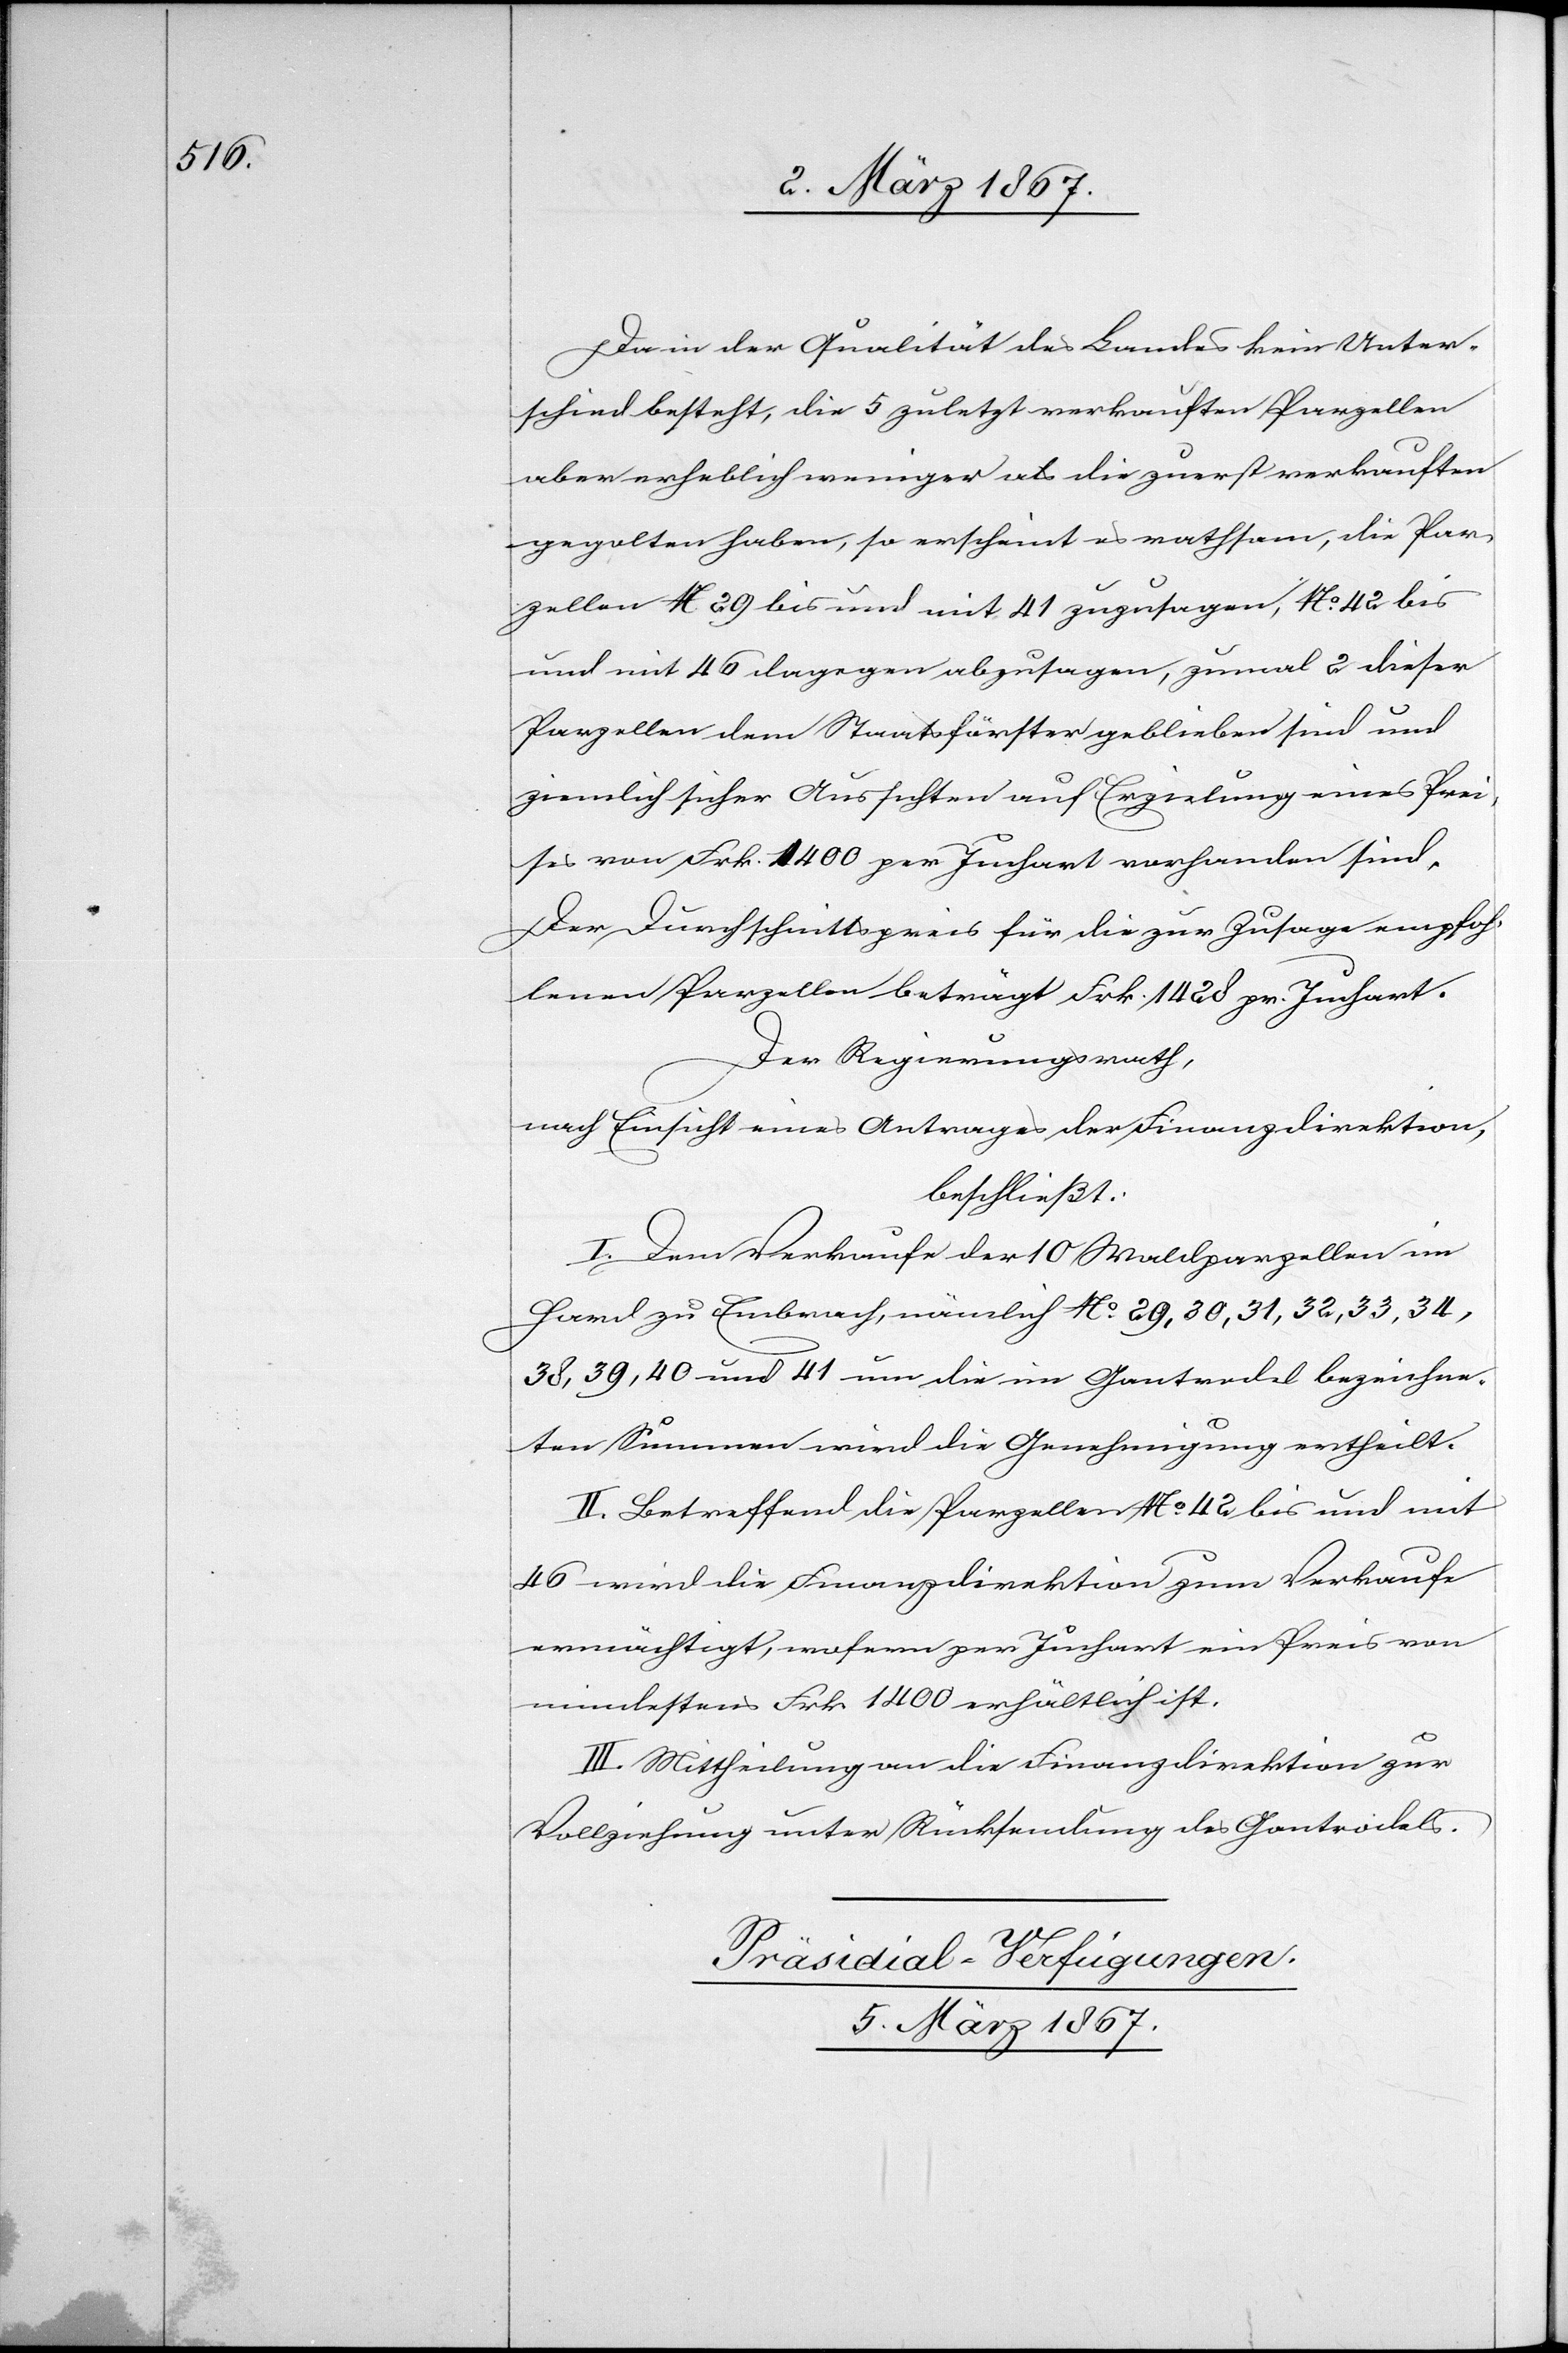
Da in der Qualität des Landes kein Unter¬
schied besteht, die 5 zuletzt verkauften Parzellen
aber erheblich weniger als die zuerst verkauften
gegolten haben, so erscheint es rathsam, die Par¬
zellen No. 29 bis und mit 41 zuzusagen, No. 42 bis
und mit 46 dagegen abzusagen, zumal 2 dieser
Parzellen dem Staatsförster geblieben sind und
ziemlich sicher Aussichten auf Erzielung eines Prei¬
ses von Frk. 1400 per Juchart vorhanden sind.
Der Durchschnittspreis für die zur Zusage empfoh¬
lenen Parzellen beträgt Frk. 1428 pr. Juchart.
Der Regierungsrath,
nach Einsicht eines Antrages der Finanzdirektion,
beschließt:
I. Dem Verkaufe der 10 Waldparzellen im
Hard zu Embrach, nämlich No. 29, 30, 31, 32, 33, 34,
38, 39, 40 und 41 um die im Gantrodel bezeichne¬
ten Summen wird die Genehmigung ertheilt.
II. Betreffend die Parzellen No. 42 bis und mit
46 wird die Finanzdirektion zum Verkaufe
ermächtigt, wofern per Juchart ein Preis von
mindestens Frk. 1400 erhältlich ist.
III. Mittheilung an die Finanzdirektion zur
Vollziehung unter Rücksendung des Gantrodels.
Präsidial-Verfügungen.
5. März 1867.